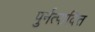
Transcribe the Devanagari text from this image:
पुर्नत्पादित